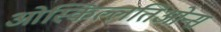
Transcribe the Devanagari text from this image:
ओस्किल्लतिओन्स